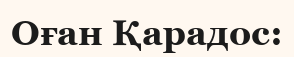
Оған Қарадос: